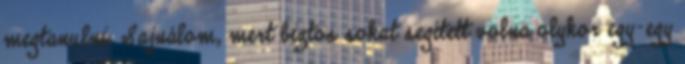
megtanulni. Sajnálom, mert biztos sokat segített volna olykor egy-egy